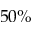
5 0 \%